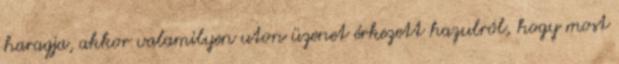
haragja, akkor valamilyen uton üzenet érkezett hazulról, hogy most